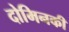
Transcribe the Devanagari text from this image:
दोमिनकी